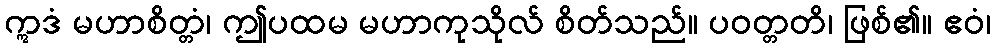
ဣဒံ မဟာစိတ္တံ၊ ဤပထမ မဟာကုသိုလ် စိတ်သည်။ ပဝတ္တတိ၊ ဖြစ်၏။ ဧဝံ၊